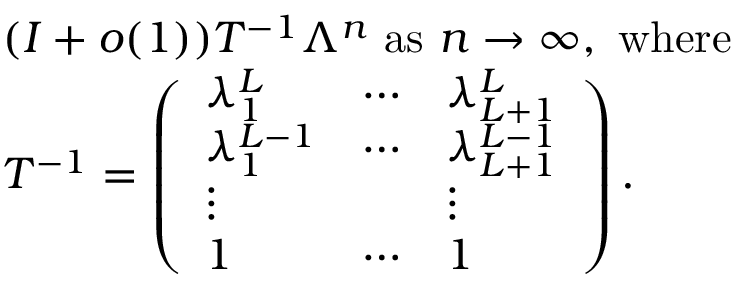
\begin{array} { r l } & { ( I + o ( 1 ) ) T ^ { - 1 } \Lambda ^ { n } \mathrm { ~ a s ~ } n \to \infty , \mathrm { ~ w h e r e ~ } } \\ & { T ^ { - 1 } = \left( \begin{array} { l l l } { \lambda _ { 1 } ^ { L } } & { \cdots } & { \lambda _ { L + 1 } ^ { L } } \\ { \lambda _ { 1 } ^ { L - 1 } } & { \cdots } & { \lambda _ { L + 1 } ^ { L - 1 } } \\ { \vdots } & & { \vdots } \\ { 1 } & { \cdots } & { 1 } \end{array} \right) . } \end{array}